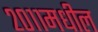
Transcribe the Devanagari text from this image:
२०११मधील